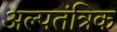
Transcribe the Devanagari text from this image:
अल्पतंत्रिक